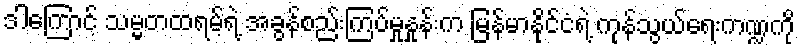
ဒါကြောင့် သမ္မတထရမ့်ရဲ့ အခွန်စည်းကြပ်မှုနှုန်းက မြန်မာနိုင်ငံရဲ့ ကုန်သွယ်ရေးကဏ္ဍကို